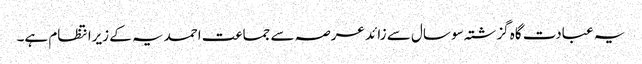
یہ عبادت گاہ گزشتہ سو سال سے زائد عرصہ سے جماعت احمدیہ کے زیرانتظام ہے۔